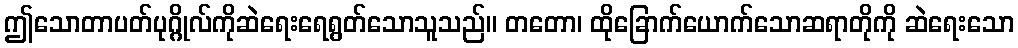
ဤသောတာပတ်ပုဂ္ဂိုလ်ကိုဆဲရေးရေရွတ်သောသူသည်။ တတော၊ ထိုခြောက်ယောက်သောဆရာတိုကို ဆဲရေးသော